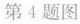
第4题图